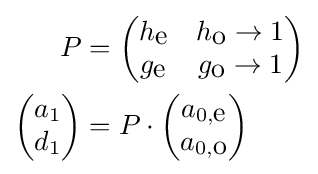
{\begin{aligned}P&={\begin{pmatrix}h_{\mbox{e}}&h_{\mbox{o}}\rightarrow 1\\g_{\mbox{e}}&g_{\mbox{o}}\rightarrow 1\end{pmatrix}}\\{\begin{pmatrix}a_{1}\\d_{1}\end{pmatrix}}&=P\cdot {\begin{pmatrix}a_{0,{\mbox{e}}}\\a_{0,{\mbox{o}}}\end{pmatrix}}\end{aligned}}